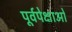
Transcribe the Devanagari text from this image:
पूर्वपेक्षाओं